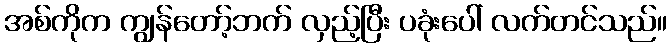
အစ်ကိုက ကျွန်တော့်ဘက် လှည့်ပြီး ပခုံးပေါ် လက်တင်သည်။